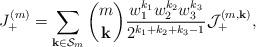
LaTeX: \begin{align*}J_{+}^{(m)}&=\sum_{\mathbf{k} \in \mathcal{S}_m}\binom{m}{\mathbf{k}}\frac{ w_1^{k_1}w_2^{k_2}w_3^{k_3}}{2^{k_1+k_2+k_3-1}}\mathcal{J}_{+}^{(m,\mathbf{k})},\end{align*}